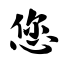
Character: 您